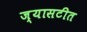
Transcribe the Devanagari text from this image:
ज्यासटीत